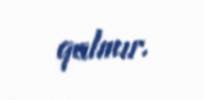
qalmır.